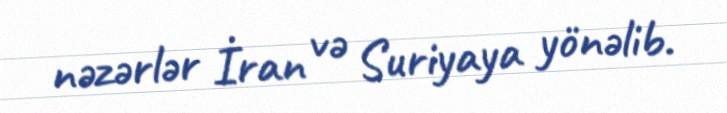
nəzərlər İran və Suriyaya yönəlib.